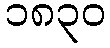
၁၈၃၀